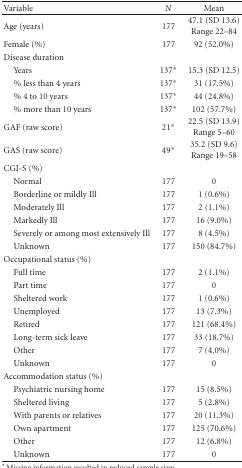
| Variable | N | Mean |
 | --- | --- | --- |
 | Age (years) | 177 | 47.1 (SD 13.6)Range 22–84 |
 | Female (%) | 177 | 92 (52.0%) |
 | Disease duration |  |  |
 | Years | 137* | 15.3 (SD 12.5) |
 | % less than 4 years | 137* | 31 (17.5%) |
 | % 4 to 10 years | 137* | 44 (24.8%) |
 | % more than 10 years | 137* | 102 (57.7%) |
 | GAF (raw score) | 21* | 22.5 (SD 13.9)Range 5–60 |
 | GAS (raw score) | 49* | 35.2 (SD 9.6)Range 19–58 |
 | CGI-S (%) |  |  |
 | Normal | 177 | 0 |
 | Borderline or mildly Ill | 177 | 1 (0.6%) |
 | Moderately Ill | 177 | 2 (1.1%) |
 | Markedly Ill | 177 | 16 (9.0%) |
 | Severely or among most extensively Ill | 177 | 8 (4.5%) |
 | Unknown | 177 | 150 (84.7%) |
 | Occupational status (%) |  |  |
 | Full time | 177 | 2 (1.1%) |
 | Part time | 177 | 0 |
 | Sheltered work | 177 | 1 (0.6%) |
 | Unemployed | 177 | 13 (7.3%) |
 | Retired | 177 | 121 (68.4%) |
 | Long-term sick leave | 177 | 33 (18.7%) |
 | Other | 177 | 7 (4.0%) |
 | Unknown | 177 | 0 |
 | Accommodation status (%) |  |  |
 | Psychiatric nursing home | 177 | 15 (8.5%) |
 | Sheltered living | 177 | 5 (2.8%) |
 | With parents or relatives | 177 | 20 (11.3%) |
 | Own apartment | 177 | 125 (70.6%) |
 | Other | 177 | 12 (6.8%) |
 | Unknown | 177 | 0 |